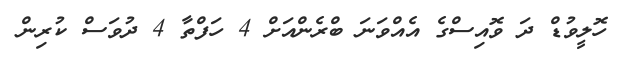
ހޮލީވުޑް ދަ ވޮއިސްގެ އެއްވަނަ ބްރެންއަށް 4 ހަފްތާ 4 ދުވަސް ކުރިން